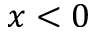
x < 0